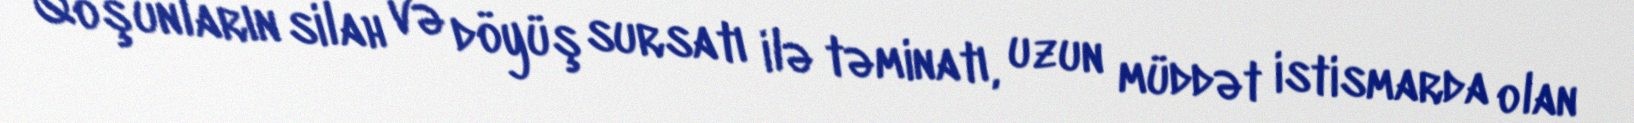
Qoşunların silah və döyüş sursatı ilə təminatı, uzun müddət istismarda olan